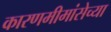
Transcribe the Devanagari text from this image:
कारणमीमांसेच्या